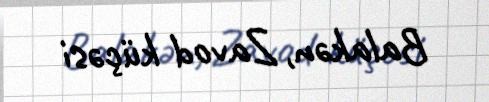
Balakən, Zavod küçəsi